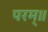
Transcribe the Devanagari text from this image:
परम्॥